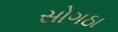
સોગઠા